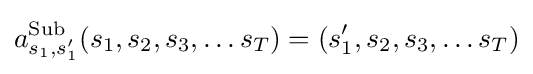
a_{s_{1},s'_{1}}^{\rm {Sub}}(s_{1},s_{2},s_{3},\ldots s_{T})=(s'_{1},s_{2},s_{3},\ldots s_{T})